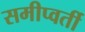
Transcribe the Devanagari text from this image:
समीप्वर्ती